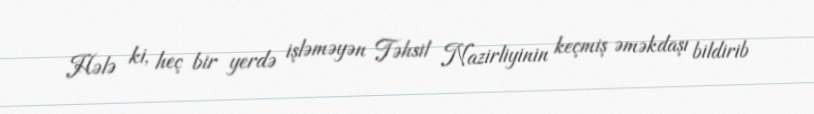
Hələ ki, heç bir yerdə işləməyən Təhsil Nazirliyinin keçmiş əməkdaşı bildirib